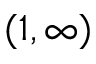
( 1 , \infty )